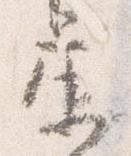
庚